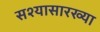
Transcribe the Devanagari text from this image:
सश्यासारख्या